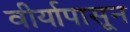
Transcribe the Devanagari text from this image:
वीर्यापासून